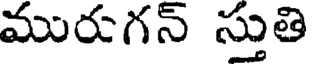
మురుగన్ స్తుతి